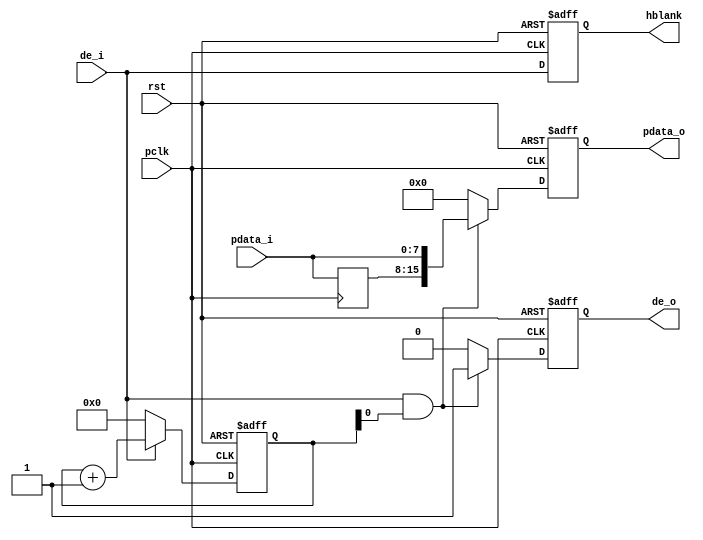
//  CMOS sensor 8bit data is converted to 16bit data                            //
module cmos_8_16bit(
	input              rst,
	input              pclk,
	input [7:0]        pdata_i,
	input              de_i,
	output reg[15:0]   pdata_o,
	output reg         hblank,
	output reg         de_o
);
reg[7:0] pdata_i_d0;
reg[11:0] x_cnt;

always@(posedge pclk) begin
	pdata_i_d0 <= pdata_i;
end

always@(posedge pclk or posedge rst) begin
	if(rst)
		x_cnt <= 12'd0;
	else if(de_i)
		x_cnt <= x_cnt + 12'd1;
	else
		x_cnt <= 12'd0;
end

always@(posedge pclk or posedge rst) begin
	if(rst)
		de_o <= 1'b0;
	else if(de_i && x_cnt[0])
		de_o <= 1'b1;
	else
		de_o <= 1'b0;
end

always@(posedge pclk or posedge rst) begin
	if(rst)
		hblank <= 1'b0;
	else
		hblank <= de_i;
end

always@(posedge pclk or posedge rst) begin
	if(rst)
		pdata_o <= 16'd0;
	else if(de_i && x_cnt[0])
		pdata_o <= {pdata_i_d0,pdata_i};
	else
		pdata_o <= 16'd0;
end

endmodule